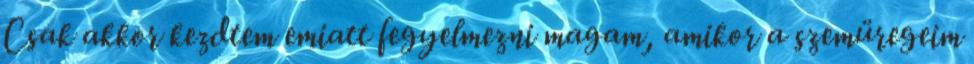
Csak akkor kezdtem emiatt fegyelmezni magam, amikor a szemüregeim